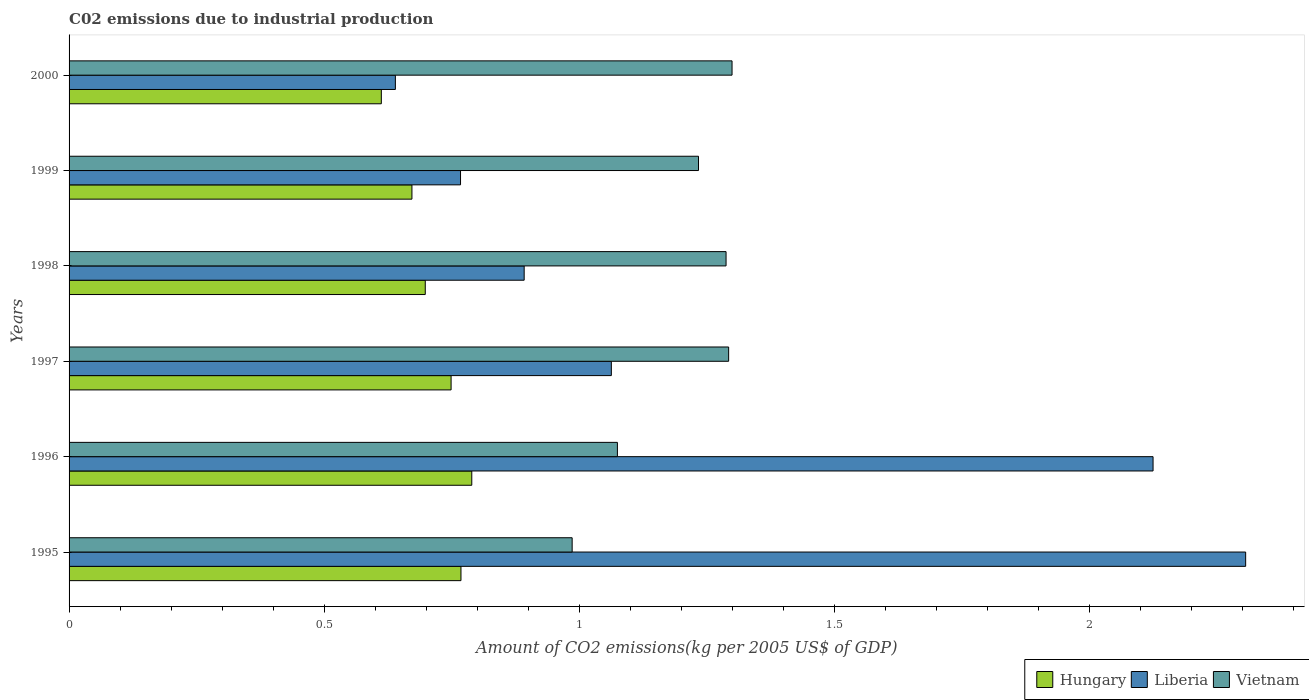
| Years | Hungary | Liberia | Vietnam |
 | --- | --- | --- | --- |
 | 1995 | 0.768 | 2.31 | 0.986 |
 | 1996 | 0.789 | 2.12 | 1.07 |
 | 1997 | 0.749 | 1.06 | 1.29 |
 | 1998 | 0.698 | 0.892 | 1.29 |
 | 1999 | 0.672 | 0.767 | 1.23 |
 | 2000 | 0.612 | 0.639 | 1.3 |